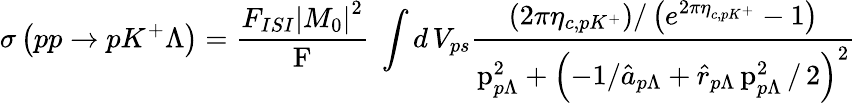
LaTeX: \sigma\left(pp\rightarrow pK^{+}\Lambda\right)=\frac{F_{ISI}\left|M_{0}\right|^{2}}{\mathrm{F}}\; \int d\, V_{ps}\frac{\left(2\pi\eta_{c,pK^{+}}\right)/\left(e^{2\pi\eta_{c,pK^{+}}}-1\right)}{\mathrm{p}_{p\Lambda}^{2}+\left(-1/\hat{a}_{p\Lambda}+\hat{r}_{p\Lambda}\, \mathrm{p}_{p\Lambda}^{2}\, /\, 2\right)^{2}}